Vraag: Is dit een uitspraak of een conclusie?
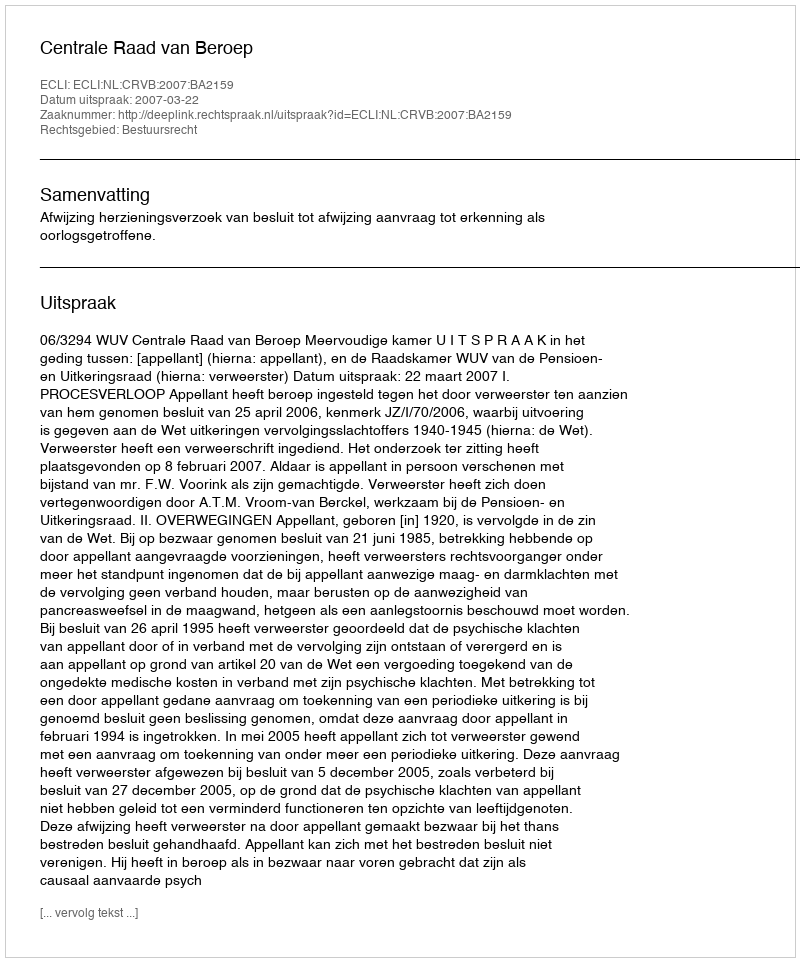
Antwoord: Uitspraak